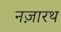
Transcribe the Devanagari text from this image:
नज़ारथ